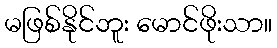
မဖြစ်နိုင်ဘူး မောင်ဖိုးသာ။